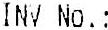
INV NO.: